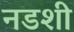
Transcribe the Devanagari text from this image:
नडशी